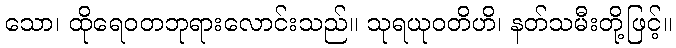
သော၊ ထိုရေဝတဘုရားလောင်းသည်။ သုရယုဝတိဟိ၊ နတ်သမီးတို့ဖြင့်။